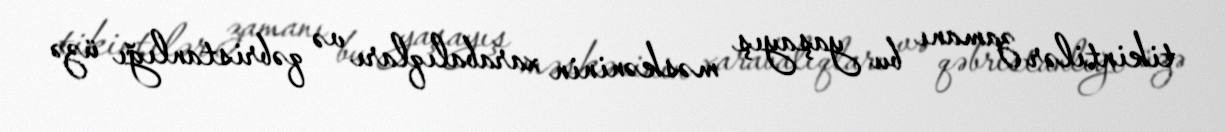
tikintilər zamanı bu yaşayış məskəninin xarabalıqları və qəbristanlığı üzə